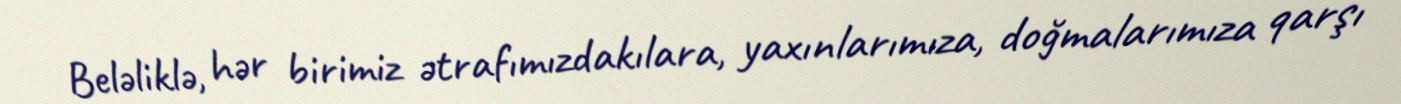
Beləliklə, hər birimiz ətrafımızdakılara, yaxınlarımıza, doğmalarımıza qarşı